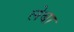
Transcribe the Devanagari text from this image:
लेबा